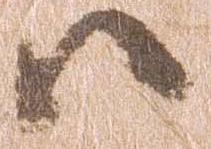
ハ